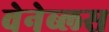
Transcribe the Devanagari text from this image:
वेनेब्लस